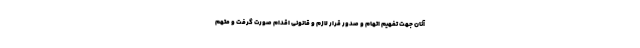
آنان جهت تفهیم اتهام و صدور قرار لازم و قانونی اقدام صورت گرفت و متهم